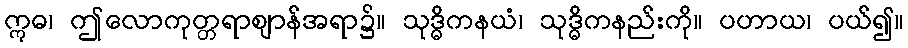
ဣဓ၊ ဤလောကုတ္တရာဈာန်အရာ၌။ သုဒ္ဓိကနယံ၊ သုဒ္ဓိကနည်းကို။ ပဟာယ၊ ပယ်၍။